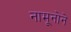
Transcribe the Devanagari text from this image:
नामूनोने